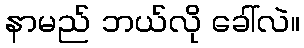
နာမည် ဘယ်လို ခေါ်လဲ။